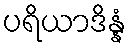
ပရိယာဒိန္နံ